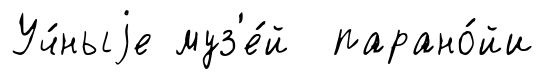
Уч́ныjе муз'е́й парано́йи